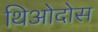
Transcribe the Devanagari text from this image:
थिओदोस